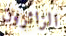
الزائرون